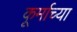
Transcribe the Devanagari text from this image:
कूर्माच्या